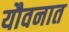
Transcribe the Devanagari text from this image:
यौवनात